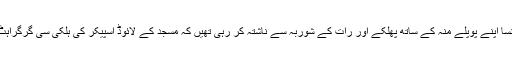
زیب النسا اپنے پوپلے منہ کے ساتھ پھلکے اور رات کے شوربہ سے ناشتہ کر رہی تھیں کہ مسجد کے لائوڈ اسپیکر کی ہلکی سی گرگراہٹ ہوئی۔